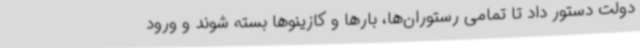
دولت دستور داد تا تمامی رستوران‌ها، بارها و کازینوها بسته شوند و ورود